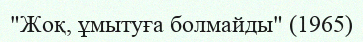
"Жоқ, ұмытуға болмайды" (1965)